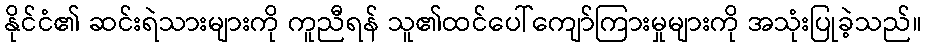
နိုင်ငံ၏ ဆင်းရဲသားများကို ကူညီရန် သူ၏ထင်ပေါ်ကျော်ကြားမှုများကို အသုံးပြုခဲ့သည်။